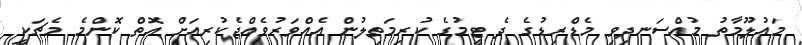
މައުލޫމާތު މުއްސަނދިވި މެޑްރިޑުގެ ދެ ޓީމުގެ ކުރިމަތިލުން އެއްވަރުވެއްޖެކުރިއަށް އޮތް ކޮންމެ މެޗަކީ